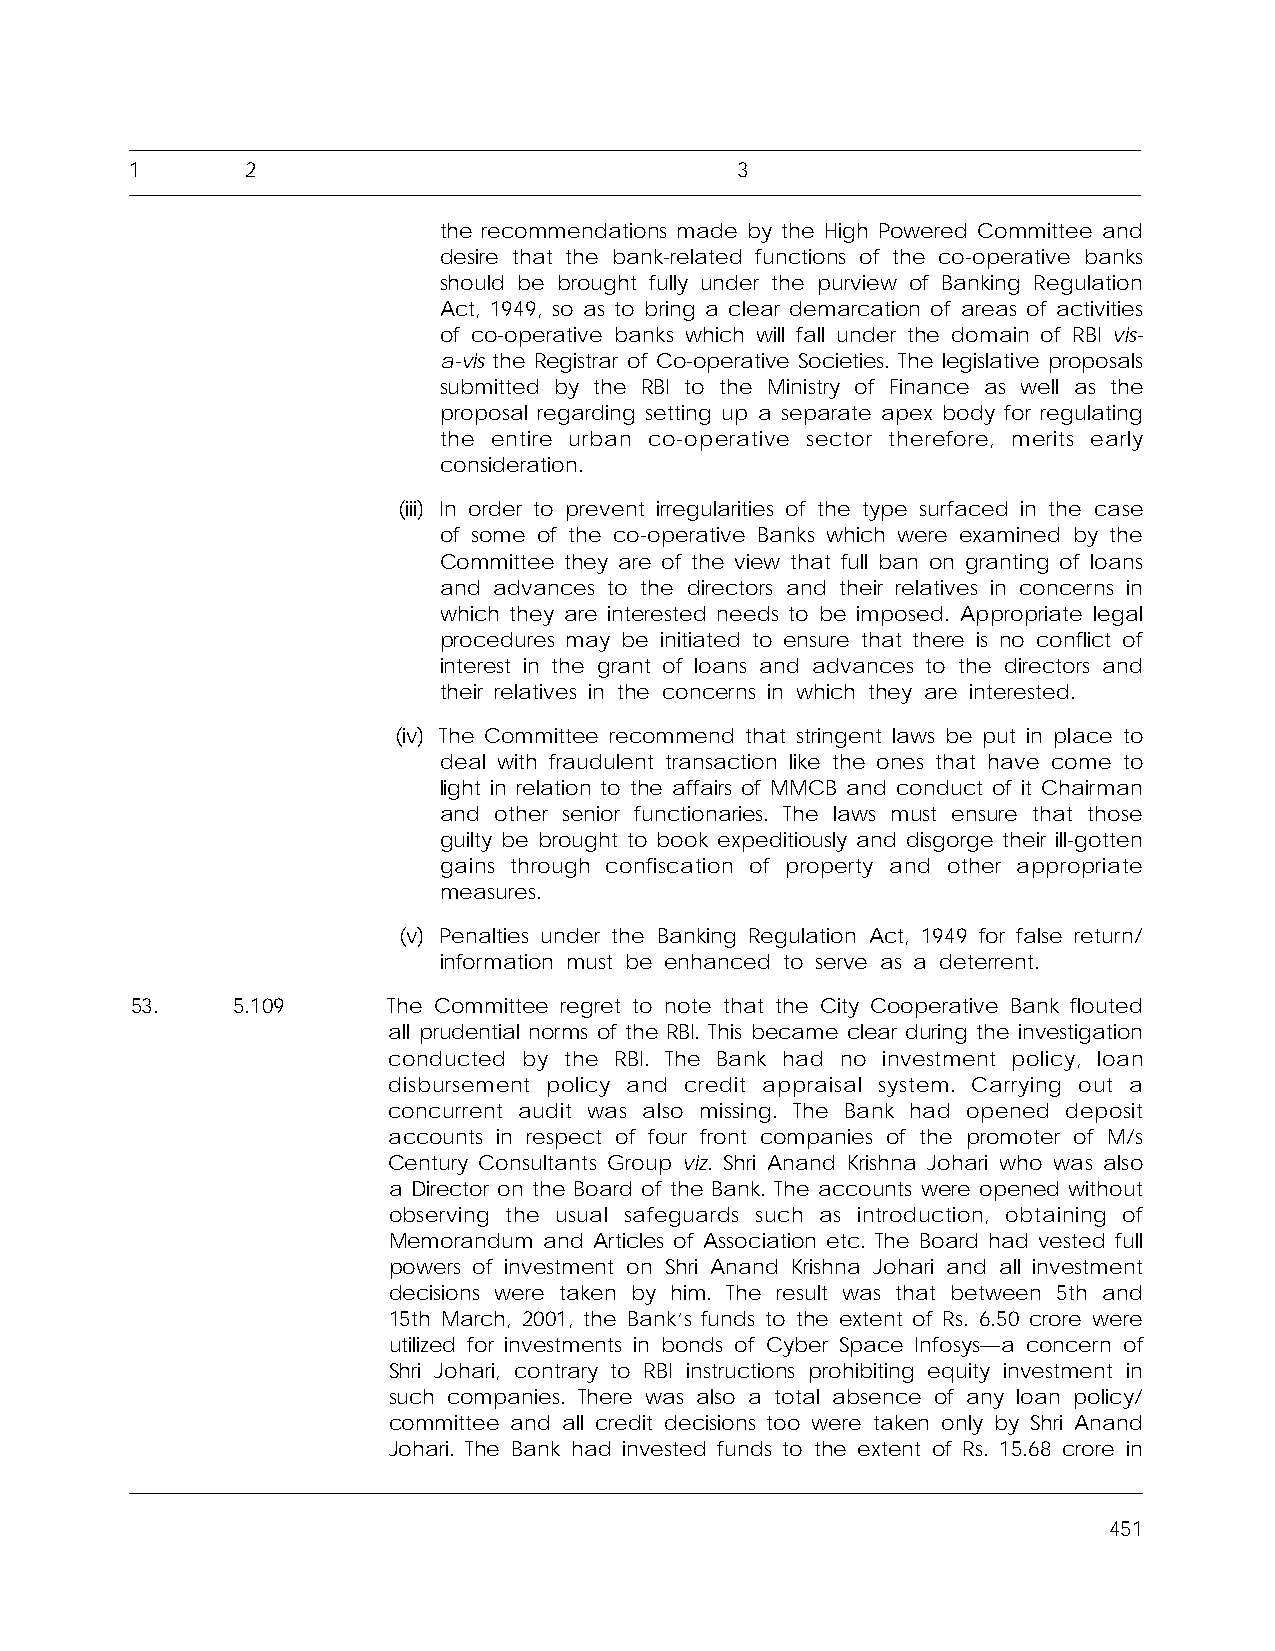
1      2                                3
 the recommendations made by the High Powered Committee and
 desire that the bank-related functions of the co-operative banks
 should be brought fully under the purview of Banking Regulation
 Act, 1949, so as to bring a clear demarcation of areas of activities
 of co-operative banks which will fall under the domain of RBI vis-
 a-vis the Registrar of Co-operative Societies. The legislative proposals
 submitted by the RBI to the Ministry of Finance as well as the
 proposal regarding setting up a separate apex body for regulating
 the entire urban co-operative sector therefore, merits early
 consideration.
 (iii) In order to prevent irregularities of the type surfaced in the case
 of some of the co-operative Banks which were examined by the
 Committee they are of the view that full ban on granting of loans
 and advances to the directors and their relatives in concerns in
 which they are interested needs to be imposed. Appropriate legal
 procedures may be initiated to ensure that there is no conflict of
 interest in the grant of loans and advances to the directors and
 their relatives in the concerns in which they are interested.
 (iv) The Committee recommend that stringent laws be put in place to
 deal with fraudulent transaction like the ones that have come to
 light in relation to the affairs of MMCB and conduct of it Chairman
 and other senior functionaries. The laws must ensure that those
 guilty be brought to book expeditiously and disgorge their ill-gotten
 gains through confiscation of property and other appropriate
 measures.
 (v) Penalties under the Banking Regulation Act, 1949 for false return/
 information must be enhanced to serve as a deterrent.
 53.   5.109      The Committee regret to note that the City Cooperative Bank flouted
 all prudential norms of the RBI. This became clear during the investigation
 conducted by the RBI. The Bank had no investment policy, loan
 disbursement policy and credit appraisal system. Carrying out a
 concurrent audit was also missing. The Bank had opened deposit
 accounts in respect of four front companies of the promoter of M/s
 Century Consultants Group viz. Shri Anand Krishna Johari who was also
 a Director on the Board of the Bank. The accounts were opened without
 observing the usual safeguards such as introduction, obtaining of
 Memorandum and Articles of Association etc. The Board had vested full
 powers of investment on Shri Anand Krishna Johari and all investment
 decisions were taken by him. The result was that between 5th and
 15th March, 2001, the Bank’s funds to the extent of Rs. 6.50 crore were
 utilized for investments in bonds of Cyber Space Infosys—a concern of
 Shri Johari, contrary to RBI instructions prohibiting equity investment in
 such companies. There was also a total absence of any loan policy/
 committee and all credit decisions too were taken only by Shri Anand
 Johari. The Bank had invested funds to the extent of Rs. 15.68 crore in
 451